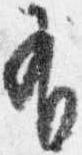
有